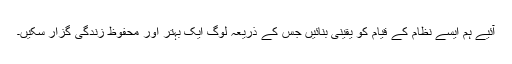
آئیے ہم ایسے نظام کے قیام کو یقینی بنائیں جس کے ذریعہ لوگ ایک بہتر اور محفوظ زندگی گزار سکیں۔